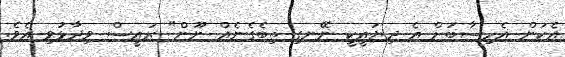
އެކަން އެހިސާބަށް އެ ދިޔައީކީ ނޭނގި ތިބެގެނެއް ނޫން" ރައީސް ވިދާޅުވި އެވެ.